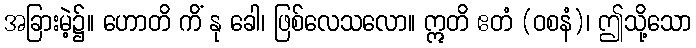
အခြားမဲ့၌။ ဟောတိ ကိံ နု ခေါ၊ ဖြစ်လေသလော။ ဣတိ ဧတံ (ဝစနံ)၊ ဤသို့သော